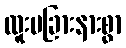
ထူးမခြားနားစွာ